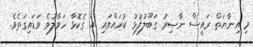
މި އިނާޔަތް ރައީސް ނާޞިރު ގަބޫލުފުޅު ކުރައްވައި އެ ގެކޮޅާ ހަވާލުވެ ވަޑައިގަތެވެ.